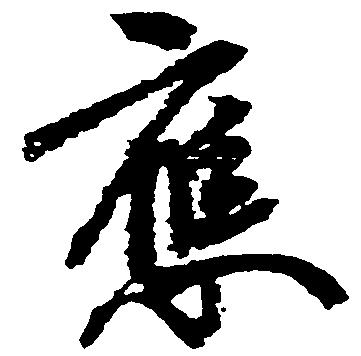
応